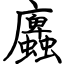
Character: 蠯